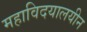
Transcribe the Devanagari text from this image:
महाविदयालयीन